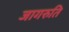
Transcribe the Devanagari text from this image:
जागरुति